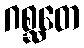
ဂစ္ဆတေ